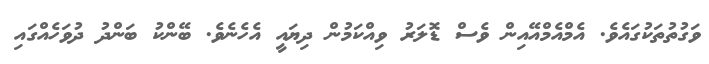
ވަގުތުތަކުގައެވެ. އެމްއެމްއޭއިން ވެސް ޑޮލަރު ވިއްކަމުން ދިޔައީ އެހެނެވެ. ބޭންކު ބަންދު ދުވަހެއްގައި